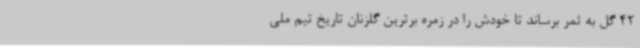
42 گل به ثمر برساند تا خودش را در زمره برترین گلزنان تاریخ تیم ملی